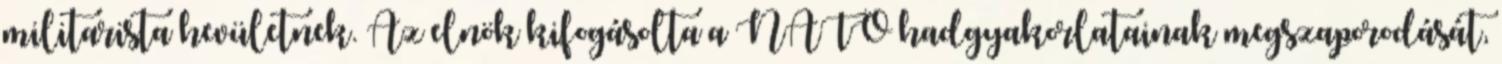
militarista hevületnek. Az elnök kifogásolta a NATO hadgyakorlatainak megszaporodását,